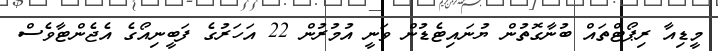
މީޑިއާ ރިޕޯޓްތައް ބުނާގޮތުން ޔުނައިޓެޑުން ވަނީ އުމުރުން 22 އަހަރުގެ ފަބީނިއޯގެ އެޖެންޓާވެސް